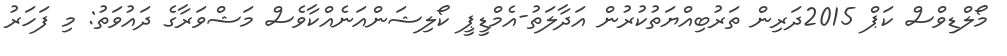
މޯލްޑިވްސް ކަޕް 2015ދަރިން ތަރުބިއްޔަތުކުރުން އަދާލަތު-އެމްޑީޕީ ކޯލިޝަންއަނެއްކާވެސް މަޝްވަރާގެ ދައުވަތު: މި ފަހަރު